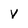
Character: v